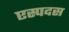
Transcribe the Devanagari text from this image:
एस्पदस